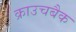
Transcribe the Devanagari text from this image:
क्राउचबैक